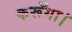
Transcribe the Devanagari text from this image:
कर्रूँगा।